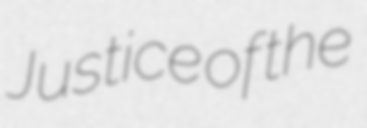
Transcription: Justice of the